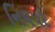
નિલપર